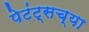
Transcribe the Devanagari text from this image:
पेटंट्सच्या